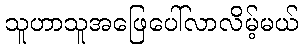
သူဟာသူအဖြေပေါ်လာလိမ့်မယ်